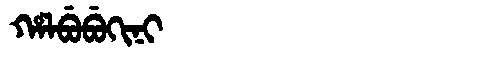
Manchu: ᡥᠠᠯᠪᡠᠪᡠᡴᡳᠨᡳ
Romanization: HALBUBUKINI